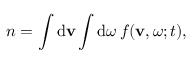
n = \int \mathrm { d } \mathbf { v } \int \mathrm { d } \boldsymbol { \omega } \, f ( \mathbf { v } , \boldsymbol { \omega } ; t ) ,